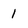
Character: 1